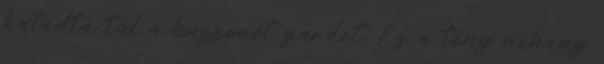
haladta túl a huszonöt yardot. Ez a tény néhány